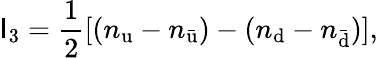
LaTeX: \mathsf{I}_{\mathrm{{3}}}={\frac{{1}}{{2}}}[(n_{\mathrm{{u}}}-n_{\mathrm{{\bar{{u}}}}})-(n_{\mathrm{{d}}}-n_{\mathrm{{\bar{{d}}}}})],